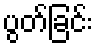
ပွတ်ခြင်း